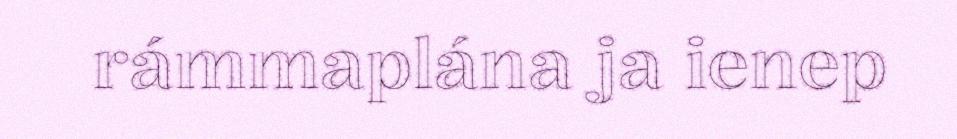
rámmaplána ja ienep